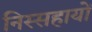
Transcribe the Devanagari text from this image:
निस्सहायों